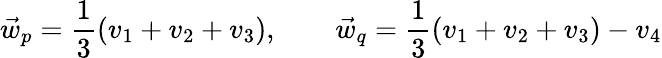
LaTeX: \vec{w}_{p}=\frac{1}{3}(v_{1}+v_{2}+v_{3}),\qquad\vec{w}_{q}=\frac{1}{3}(v_{1}+v_{2}+v_{3})-v_{4}